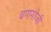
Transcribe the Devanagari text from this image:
वणगोजी